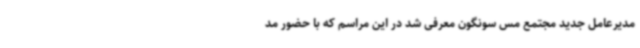
مدیرعامل جدید مجتمع مس سونگون معرفی شد در این مراسم که با حضور مد